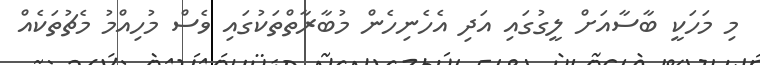
މި މަހަކީ ބާސާއަށް ލީގުގައި އަދި އެހެނިހެން މުބާރާތްތަކުގައި ވެސް މުހިއްމު މެޗުތަކެއް